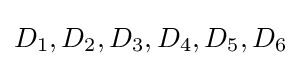
D_{1},D_{2},D_{3},D_{4},D_{5},D_{6}